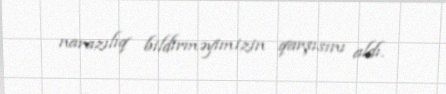
narazılıq bildirməyimizin qarşısını aldı.